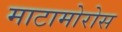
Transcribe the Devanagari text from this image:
माटामोरोस